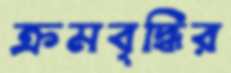
ক্রমবৃদ্ধির